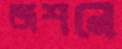
জশনে